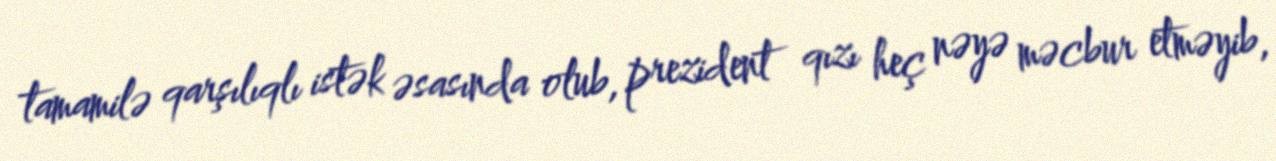
tamamilə qarşılıqlı istək əsasında olub, prezident qızı heç nəyə məcbur etməyib,